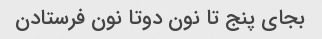
بجای پنج تا نون دوتا نون فرستادن